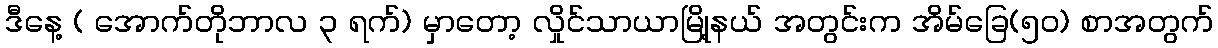
ဒီနေ့ ( အောက်တိုဘာလ ၃ ရက်) မှာတော့ လှိုင်သာယာမြို့နယ် အတွင်းက အိမ်ခြေ(၅၀) စာအတွက်